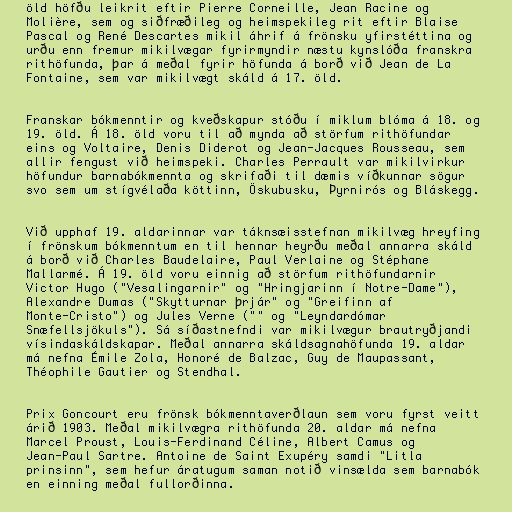
öld höfðu leikrit eftir Pierre Corneille, Jean Racine og
Molière, sem og siðfræðileg og heimspekileg rit eftir Blaise
Pascal og René Descartes mikil áhrif á frönsku yfirstéttina og
urðu enn fremur mikilvægar fyrirmyndir næstu kynslóða franskra
rithöfunda, þar á meðal fyrir höfunda á borð við Jean de La
Fontaine, sem var mikilvægt skáld á 17. öld.

Franskar bókmenntir og kveðskapur stóðu í miklum blóma á 18. og
19. öld. Á 18. öld voru til að mynda að störfum rithöfundar
eins og Voltaire, Denis Diderot og Jean-Jacques Rousseau, sem
allir fengust við heimspeki. Charles Perrault var mikilvirkur
höfundur barnabókmennta og skrifaði til dæmis víðkunnar sögur
svo sem um stígvélaða köttinn, Öskubusku, Þyrnirós og Bláskegg.

Við upphaf 19. aldarinnar var táknsæisstefnan mikilvæg hreyfing
í frönskum bókmenntum en til hennar heyrðu meðal annarra skáld
á borð við Charles Baudelaire, Paul Verlaine og Stéphane
Mallarmé. Á 19. öld voru einnig að störfum rithöfundarnir
Victor Hugo ("Vesalingarnir" og "Hringjarinn í Notre-Dame"),
Alexandre Dumas ("Skytturnar þrjár" og "Greifinn af
Monte-Cristo") og Jules Verne ("" og "Leyndardómar
Snæfellsjökuls"). Sá síðastnefndi var mikilvægur brautryðjandi
vísindaskáldskapar. Meðal annarra skáldsagnahöfunda 19. aldar
má nefna Émile Zola, Honoré de Balzac, Guy de Maupassant,
Théophile Gautier og Stendhal.

Prix Goncourt eru frönsk bókmenntaverðlaun sem voru fyrst veitt
árið 1903. Meðal mikilvægra rithöfunda 20. aldar má nefna
Marcel Proust, Louis-Ferdinand Céline, Albert Camus og
Jean-Paul Sartre. Antoine de Saint Exupéry samdi "Litla
prinsinn", sem hefur áratugum saman notið vinsælda sem barnabók
en einning meðal fullorðinna.